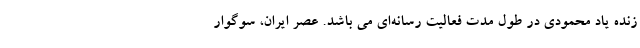
زنده یاد محمودی در طول مدت فعالیت رسانه‌ای می باشد. عصر ایران، سوگوار